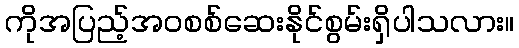
ကိုအပြည့်အဝစစ်ဆေးနိုင်စွမ်းရှိပါသလား။